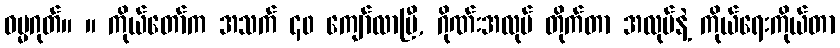
ဓမ္မဂုတ်။ ။ ကိုယ်တော်က အသက် ၄၀ ကျော်လာပြီ, ဂိုဏ်းအလုပ် တိုက်တာ အလုပ်နဲ့ ကိုယ်ရေးကိုယ်တာ